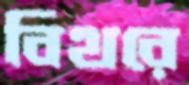
বিথরে